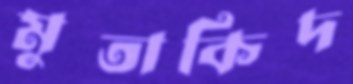
মুতাকিদ